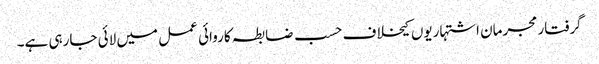
گرفتار مجرمان اشتہاریوں کیخلاف حسب ضابطہ کاروائی عمل میں لائی جارہی ہے۔